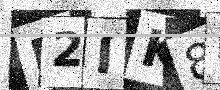
Text: H2IK8D